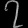
Digit: ၇